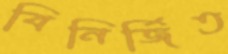
বিনির্জিত